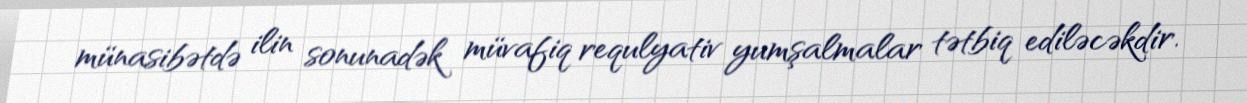
münasibətdə ilin sonunadək müvafiq requlyativ yumşalmalar tətbiq ediləcəkdir.